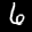
Label: 6